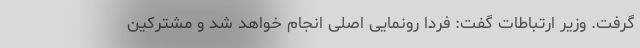
گرفت. وزیر ارتباطات گفت: فردا رونمایی اصلی انجام خواهد شد و مشترکین